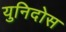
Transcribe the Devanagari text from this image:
युनिदोस